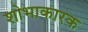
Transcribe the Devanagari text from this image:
शोभाकारक